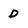
Character: D